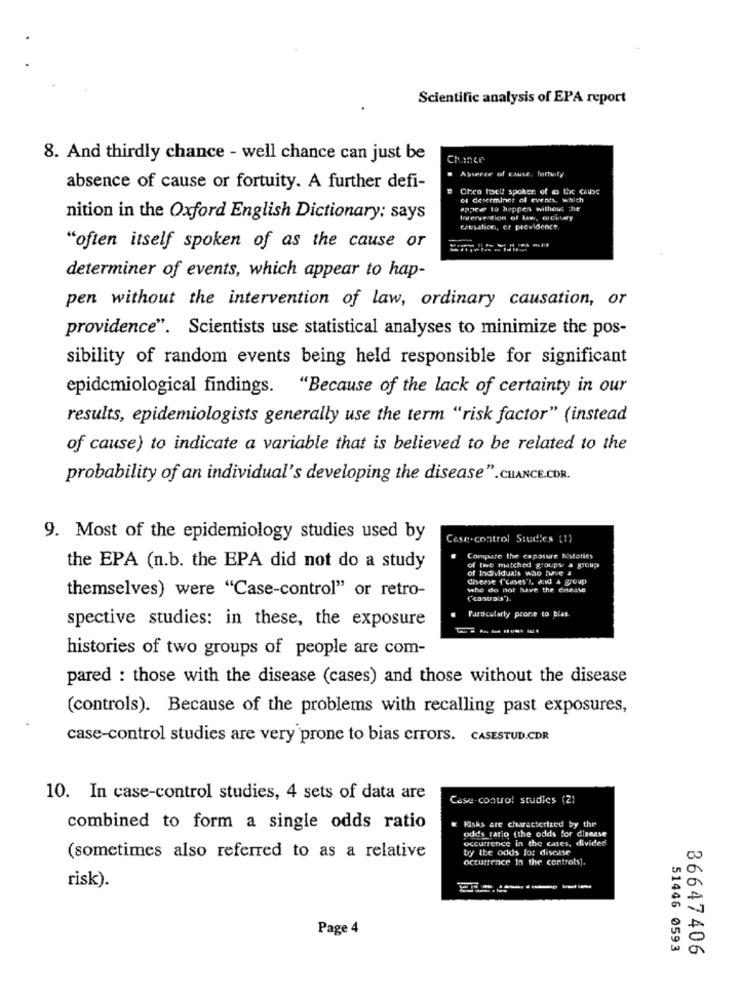
Scientific analysis of EPA report
8. And thirdly chance - well chance can just be
Chance
. Aperce of cause, fortuity
absence of cause or fortuity. A further defi-
e Chee tosel! spoken of @ the cellbe
of determiner of events, which
space to hoppen without he
nition in the Oxford English Dictionary: says
Intervention of Law, Ortutry
chesahich, er previdence.
"often itself spoken of as the cause or
determiner of events, which appear to hap-
pen without the intervention of law, ordinary causation, or
providence". Scientists use statistical analyses to minimize the pos-
sibility of random events being held responsible for significant
epidemiological findings. "Because of the lack of certainty in our
results, epidemiologists generally use the term "risk factor" (instead
of cause) to indicate a variable that is believed to be related to the
probability of an individual's developing the disease".CHANCE.CDR.
9. Most of the epidemiology studies used by
Cese.control Studies (1)
Compare the capasure histoties
the EPA (n.b. the EPA did not do a study
of Individuals who have i
of the matched groups a group
diverse frases's, aid & group
themselves) were "Case-control" or retro-
who do not have the cheate
Particularly prone to blas.
spective studies: in these, the exposure
histories of two groups of people are com-
pared : those with the disease (cases) and those without the disease
(controls). Because of the problems with recalling past exposures,
case-control studies are very prone to bias crrors. CASESTUD.CDR
10. In case-control studies, 4 sets of data are
Case control studies (21
Hisks are characterized by the
combined to form a single odds ratio
odds ratio (the odds for disease
occurrence in the cases, divided
by the odds for disease
(sometimes also referred to as a relative
occurrence in the controls].
risk).
Page 4
51446 0593
36647406